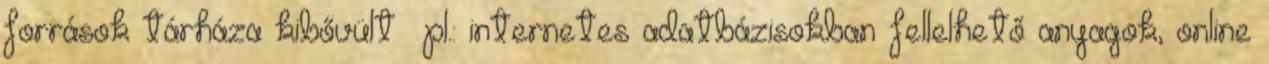
források tárháza kibővült pl.: internetes adatbázisokban fellelhető anyagok, online